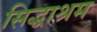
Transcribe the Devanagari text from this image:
सिद्धाश्रम